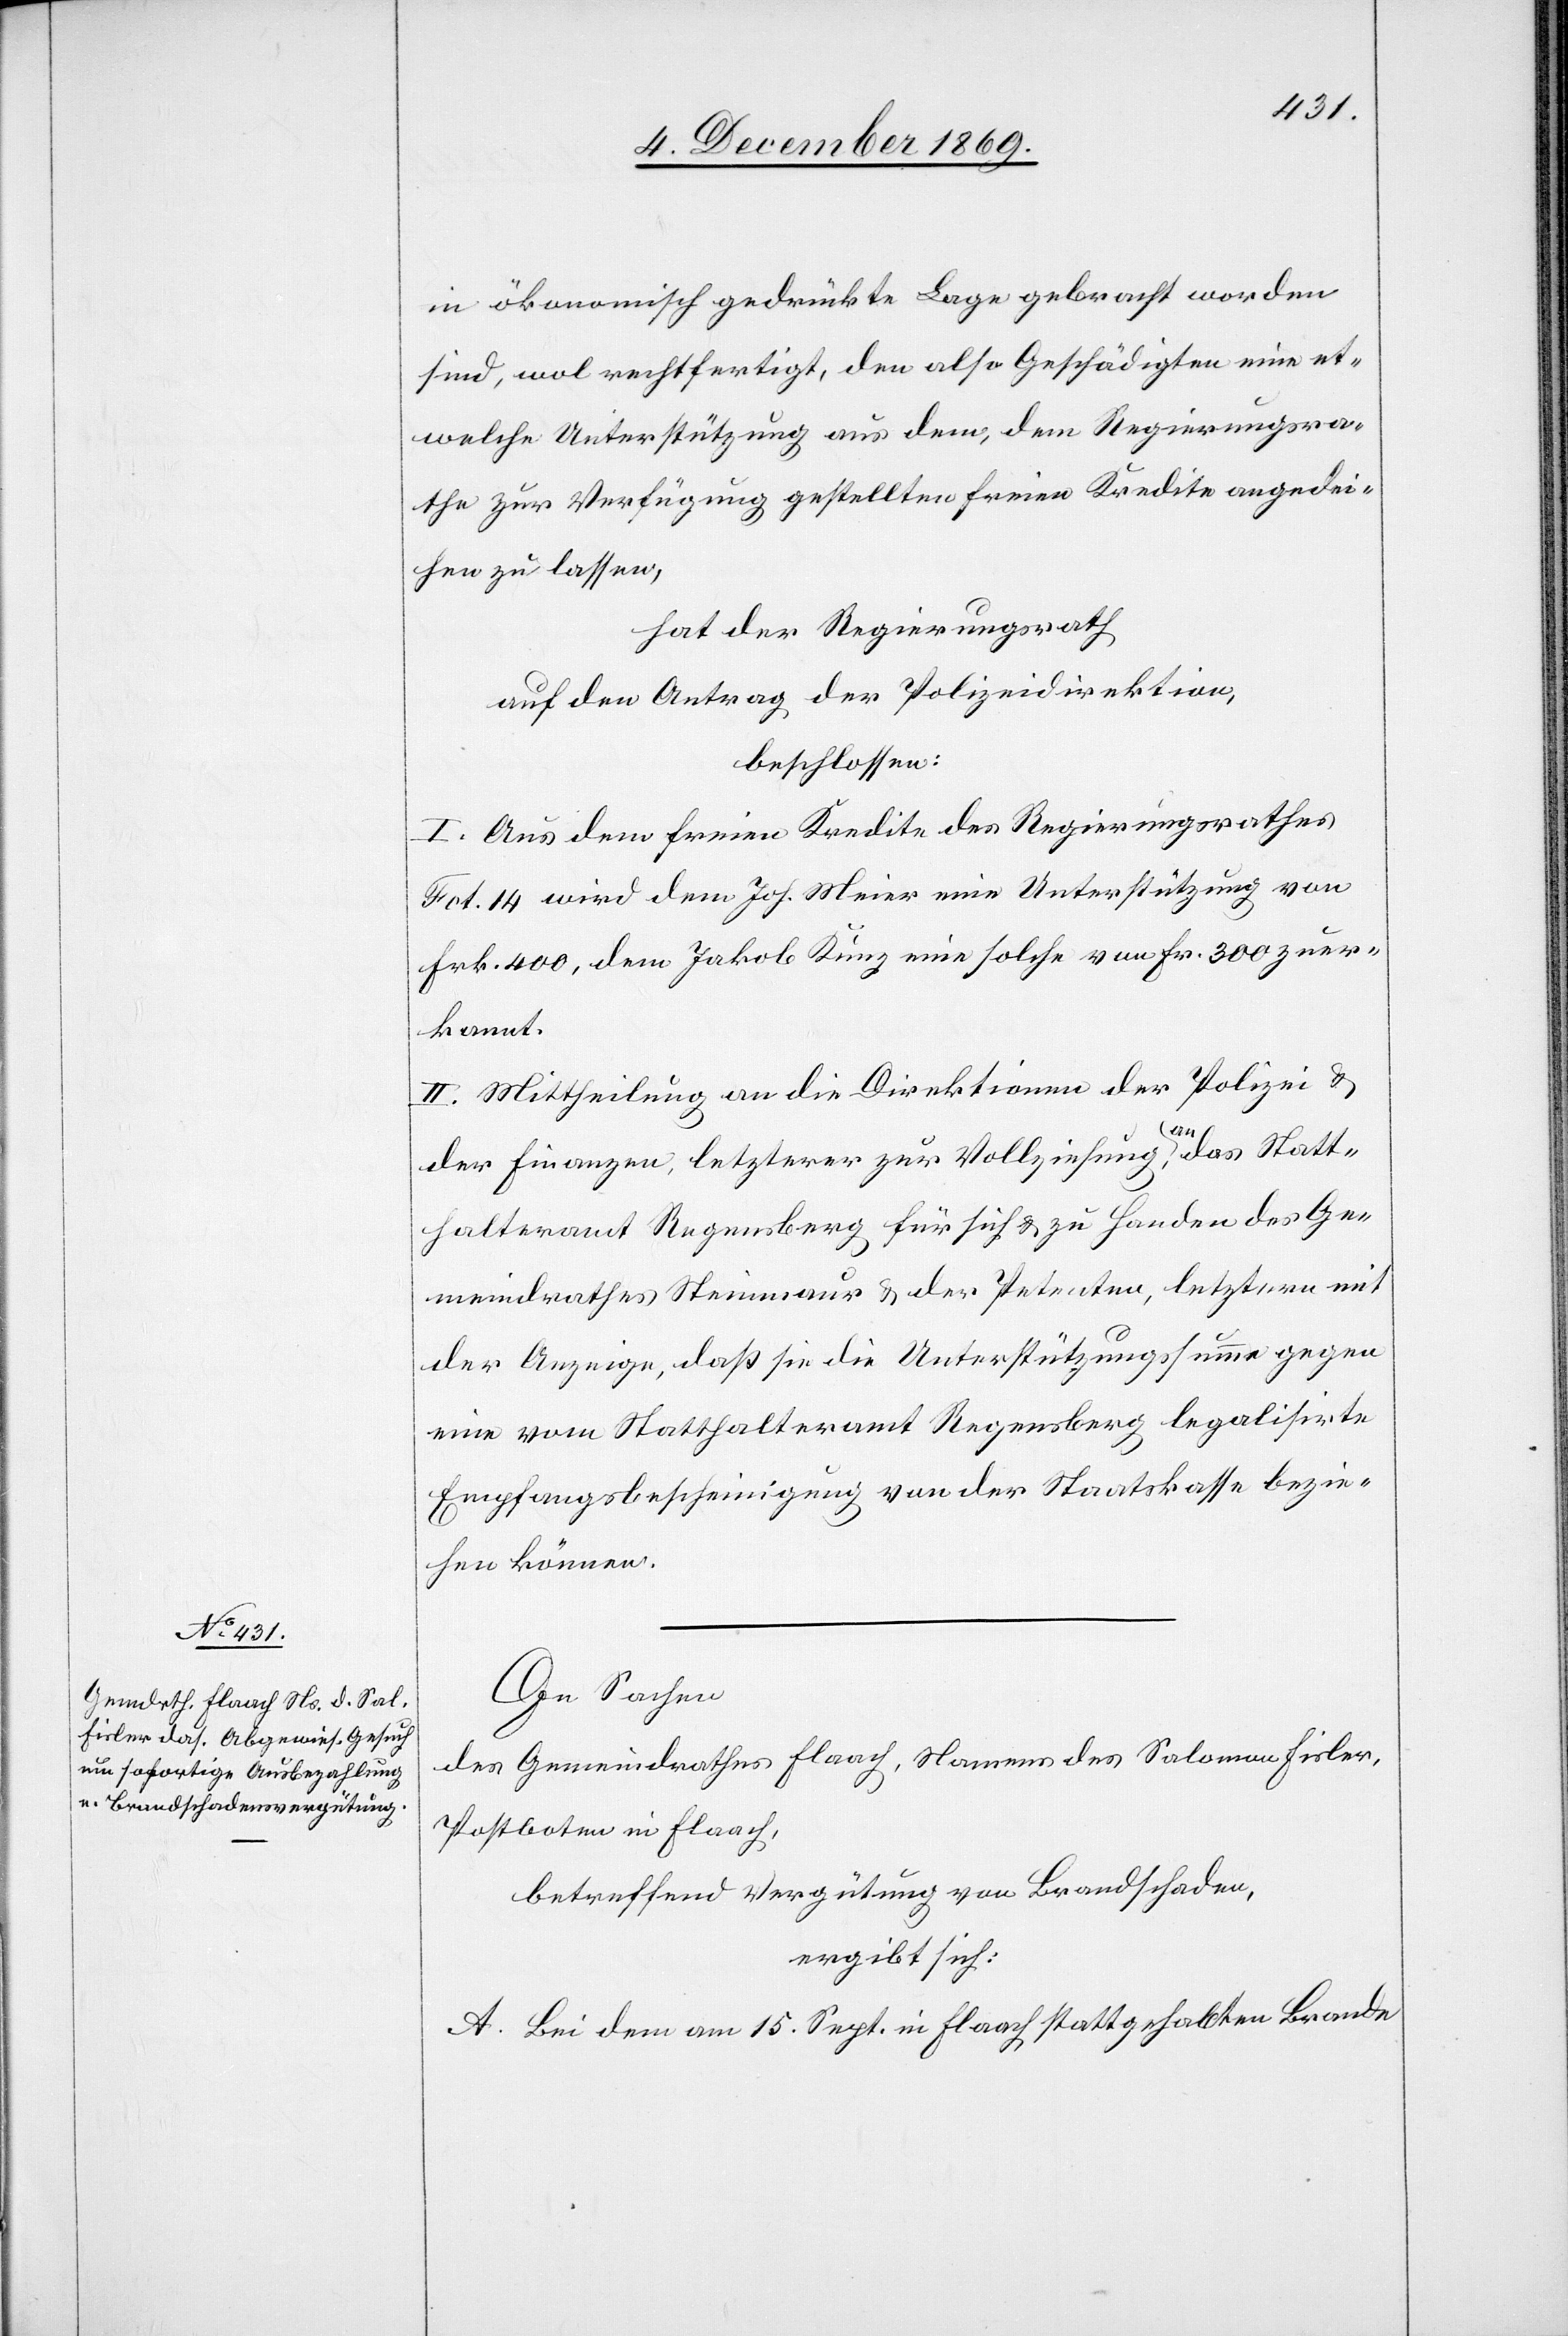
in ökonomisch gedrückte Lage gebracht worden
sind, wol rechtfertigt, den also Geschädigten eine et¬
welche Unterstützung aus dem, dem Regierungsra¬
the zur Verfügung gestellten freien Kredite angedei¬
hen zu lassen,
hat der Regierungsrath
auf den Antrag der Polizeidirektion,
beschlossen:
I. Aus dem freien Kredite des Regierungsrathes
Fct. 14 wird dem Joh. Meier eine Unterstützung von
Frk. 400, dem Jakob Kunz eine solche von Fr. 300 zuer¬
kannt.
II. Mittheilung an die Direktionen der Polizei &
der Finanzen, letzterer zur Vollziehung, an das Statt¬
halteramt Regensberg für sich & zu Handen des Ge¬
meindrathes Steinmaur & der Petenten, letztern mit
der Anzeige, daß sie die Unterstützungssumme gegen
eine vom Statthalteramt Regensberg legalisirte
Empfangsbescheinigung von der Staatskasse bezie¬
hen können.
In Sachen
des Gemeindrathes Flaach, Namens des Salomon Fisler,
Postboten in Flaach,
betreffend Vergütung von Brandschaden,
ergibt sich:
A. Bei dem am 15. Sept. in Flaach stattgehabten Brande